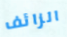
الزائف